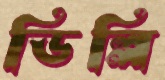
ডিল্লি